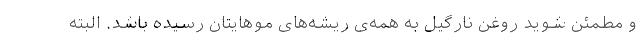
و مطمئن شوید روغن نارگیل به همه­­ی ریشه­های موهایتان رسیده باشد. البته